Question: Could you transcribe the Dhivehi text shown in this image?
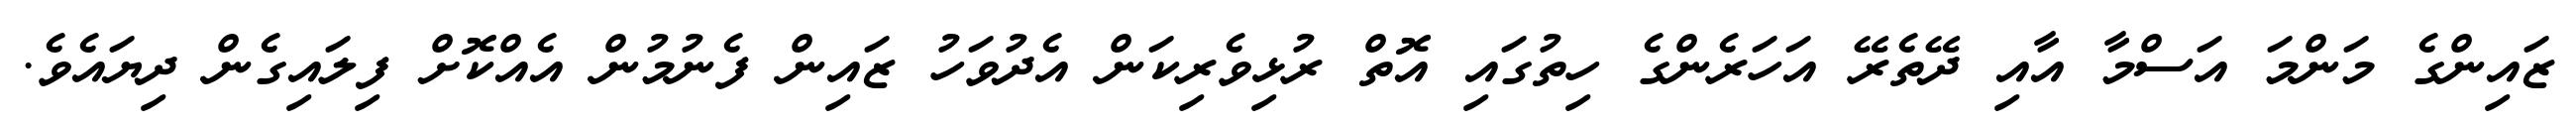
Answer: ޒައިންގެ މަންމަ އަސްމާ އާއި ދޭތެރޭ އަހަރެންގެ ހިތުގައި އޮތް ރުޅިވެރިކަން އެދުވަހު ޒައިން ފެނުމުން އެއްކޮށް ފިލައިގެން ދިޔައެވެ.